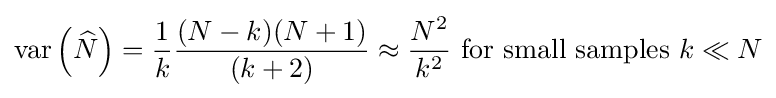
\operatorname {var} \left({\widehat {N}}\right)={\frac {1}{k}}{\frac {(N-k)(N+1)}{(k+2)}}\approx {\frac {N^{2}}{k^{2}}}{\text{ for small samples }}k\ll N